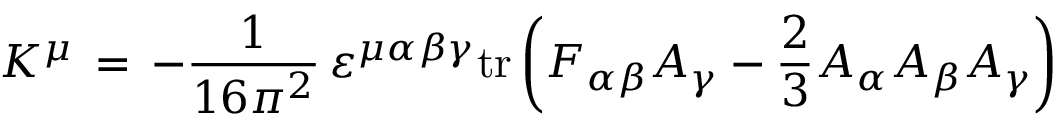
K ^ { \mu } \, = \, - \frac { 1 } { 1 6 \pi ^ { 2 } } \, \varepsilon ^ { \mu \alpha \beta \gamma } \mathrm { t r } \left( F _ { \alpha \beta } A _ { \gamma } - \frac { 2 } { 3 } A _ { \alpha } A _ { \beta } A _ { \gamma } \right) \,